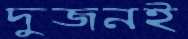
দুজনই